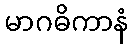
မာဂဓိကာနံ